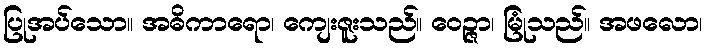
ပြုအပ်သော။ အဓိကာရော၊ ကျေးဇူးသည်။ ဝေဉ္ဇာ၊ မြုံသည်။ အဖလော၊